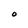
Character: O